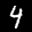
Label: 4